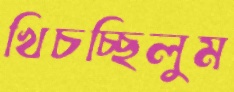
খিচচ্ছিলুম